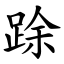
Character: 䟻